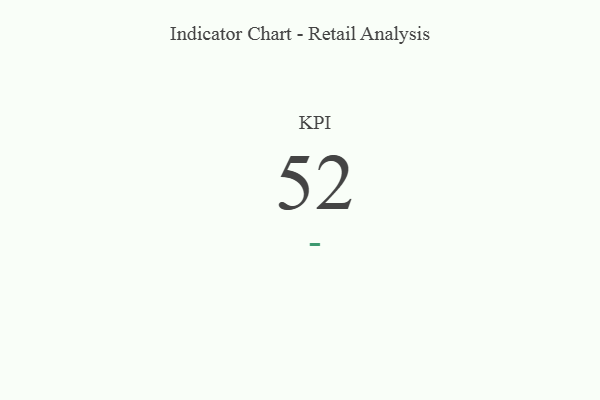
{"axis": {"x": "KPI", "y": "Value"}, "legend": [""], "data": [{"x": "KPI", "y": 52, "type": ""}]}